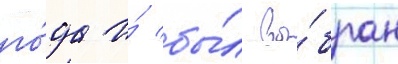
го́да и́ бы́л вы́бран